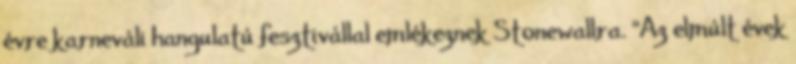
évre karneváli hangulatú fesztivállal emlékeznek Stonewallra. “Az elmúlt évek